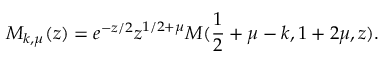
M _ { k , \mu } ( z ) = e ^ { - z / 2 } z ^ { 1 / 2 + \mu } M ( \frac { 1 } { 2 } + \mu - k , 1 + 2 \mu , z ) .